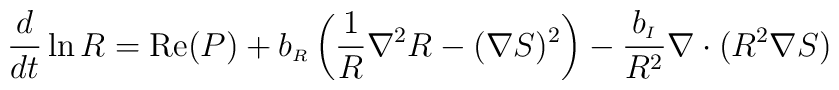
{{d}\over{dt}} \ln R= {\rm Re}(P) +b_{\scriptscriptstyle R}\left(\frac{1}{R}\nabla^2 R - (\nabla S)^2\right)-{{b_{\scriptscriptstyle I}}\over{R^2}}\nabla\cdot (R^2 \nabla S)~~~